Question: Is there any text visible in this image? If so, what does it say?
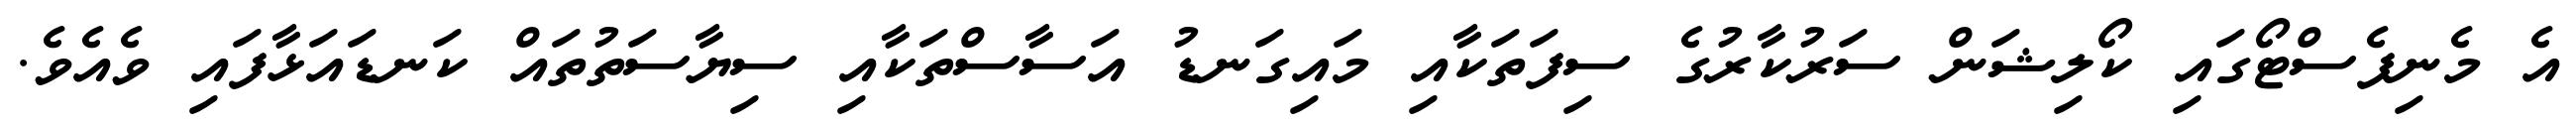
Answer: އެ މެނިފެސްޓޯގައި ކޯލިޝަން ސަރުކާރުގެ ސިފަތަކާއި މައިގަނޑު އަސާސްތަކާއި ސިޔާސަތުތައް ކަނޑައަޅާފައި ވެއެވެ.